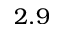
2 . 9